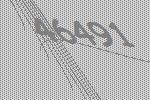
46491